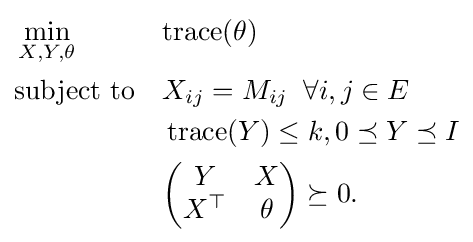
{\begin{aligned}&\min \limits _{X,Y,\theta }&&{\text{trace}}(\theta )\\&{\text{subject to}}&&X_{ij}=M_{ij}\;\;\forall i,j\in E\\&&&\operatorname {trace} (Y)\leq k,0\preceq Y\preceq I\\&&&{\begin{pmatrix}Y&X\\X^{\top }&\theta \end{pmatrix}}\succeq 0.\end{aligned}}